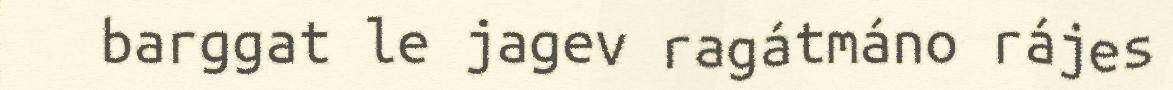
barggat le jagev ragátmáno rájes